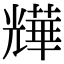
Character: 㒯